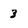
Character: 3